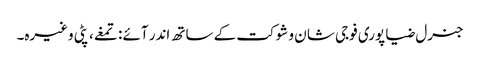
جنرل ضیا پوری فوجی شا ن و شوکت کے ساتھ اندر آئے : تمغے، پٹی وغیرہ۔